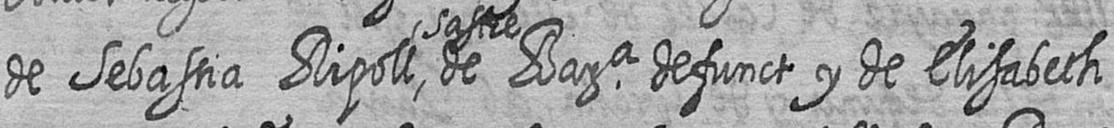
de Sebastia Ripoll sastre de Bara defunct y de Elisabeth